Magi,_Artur, lk 20
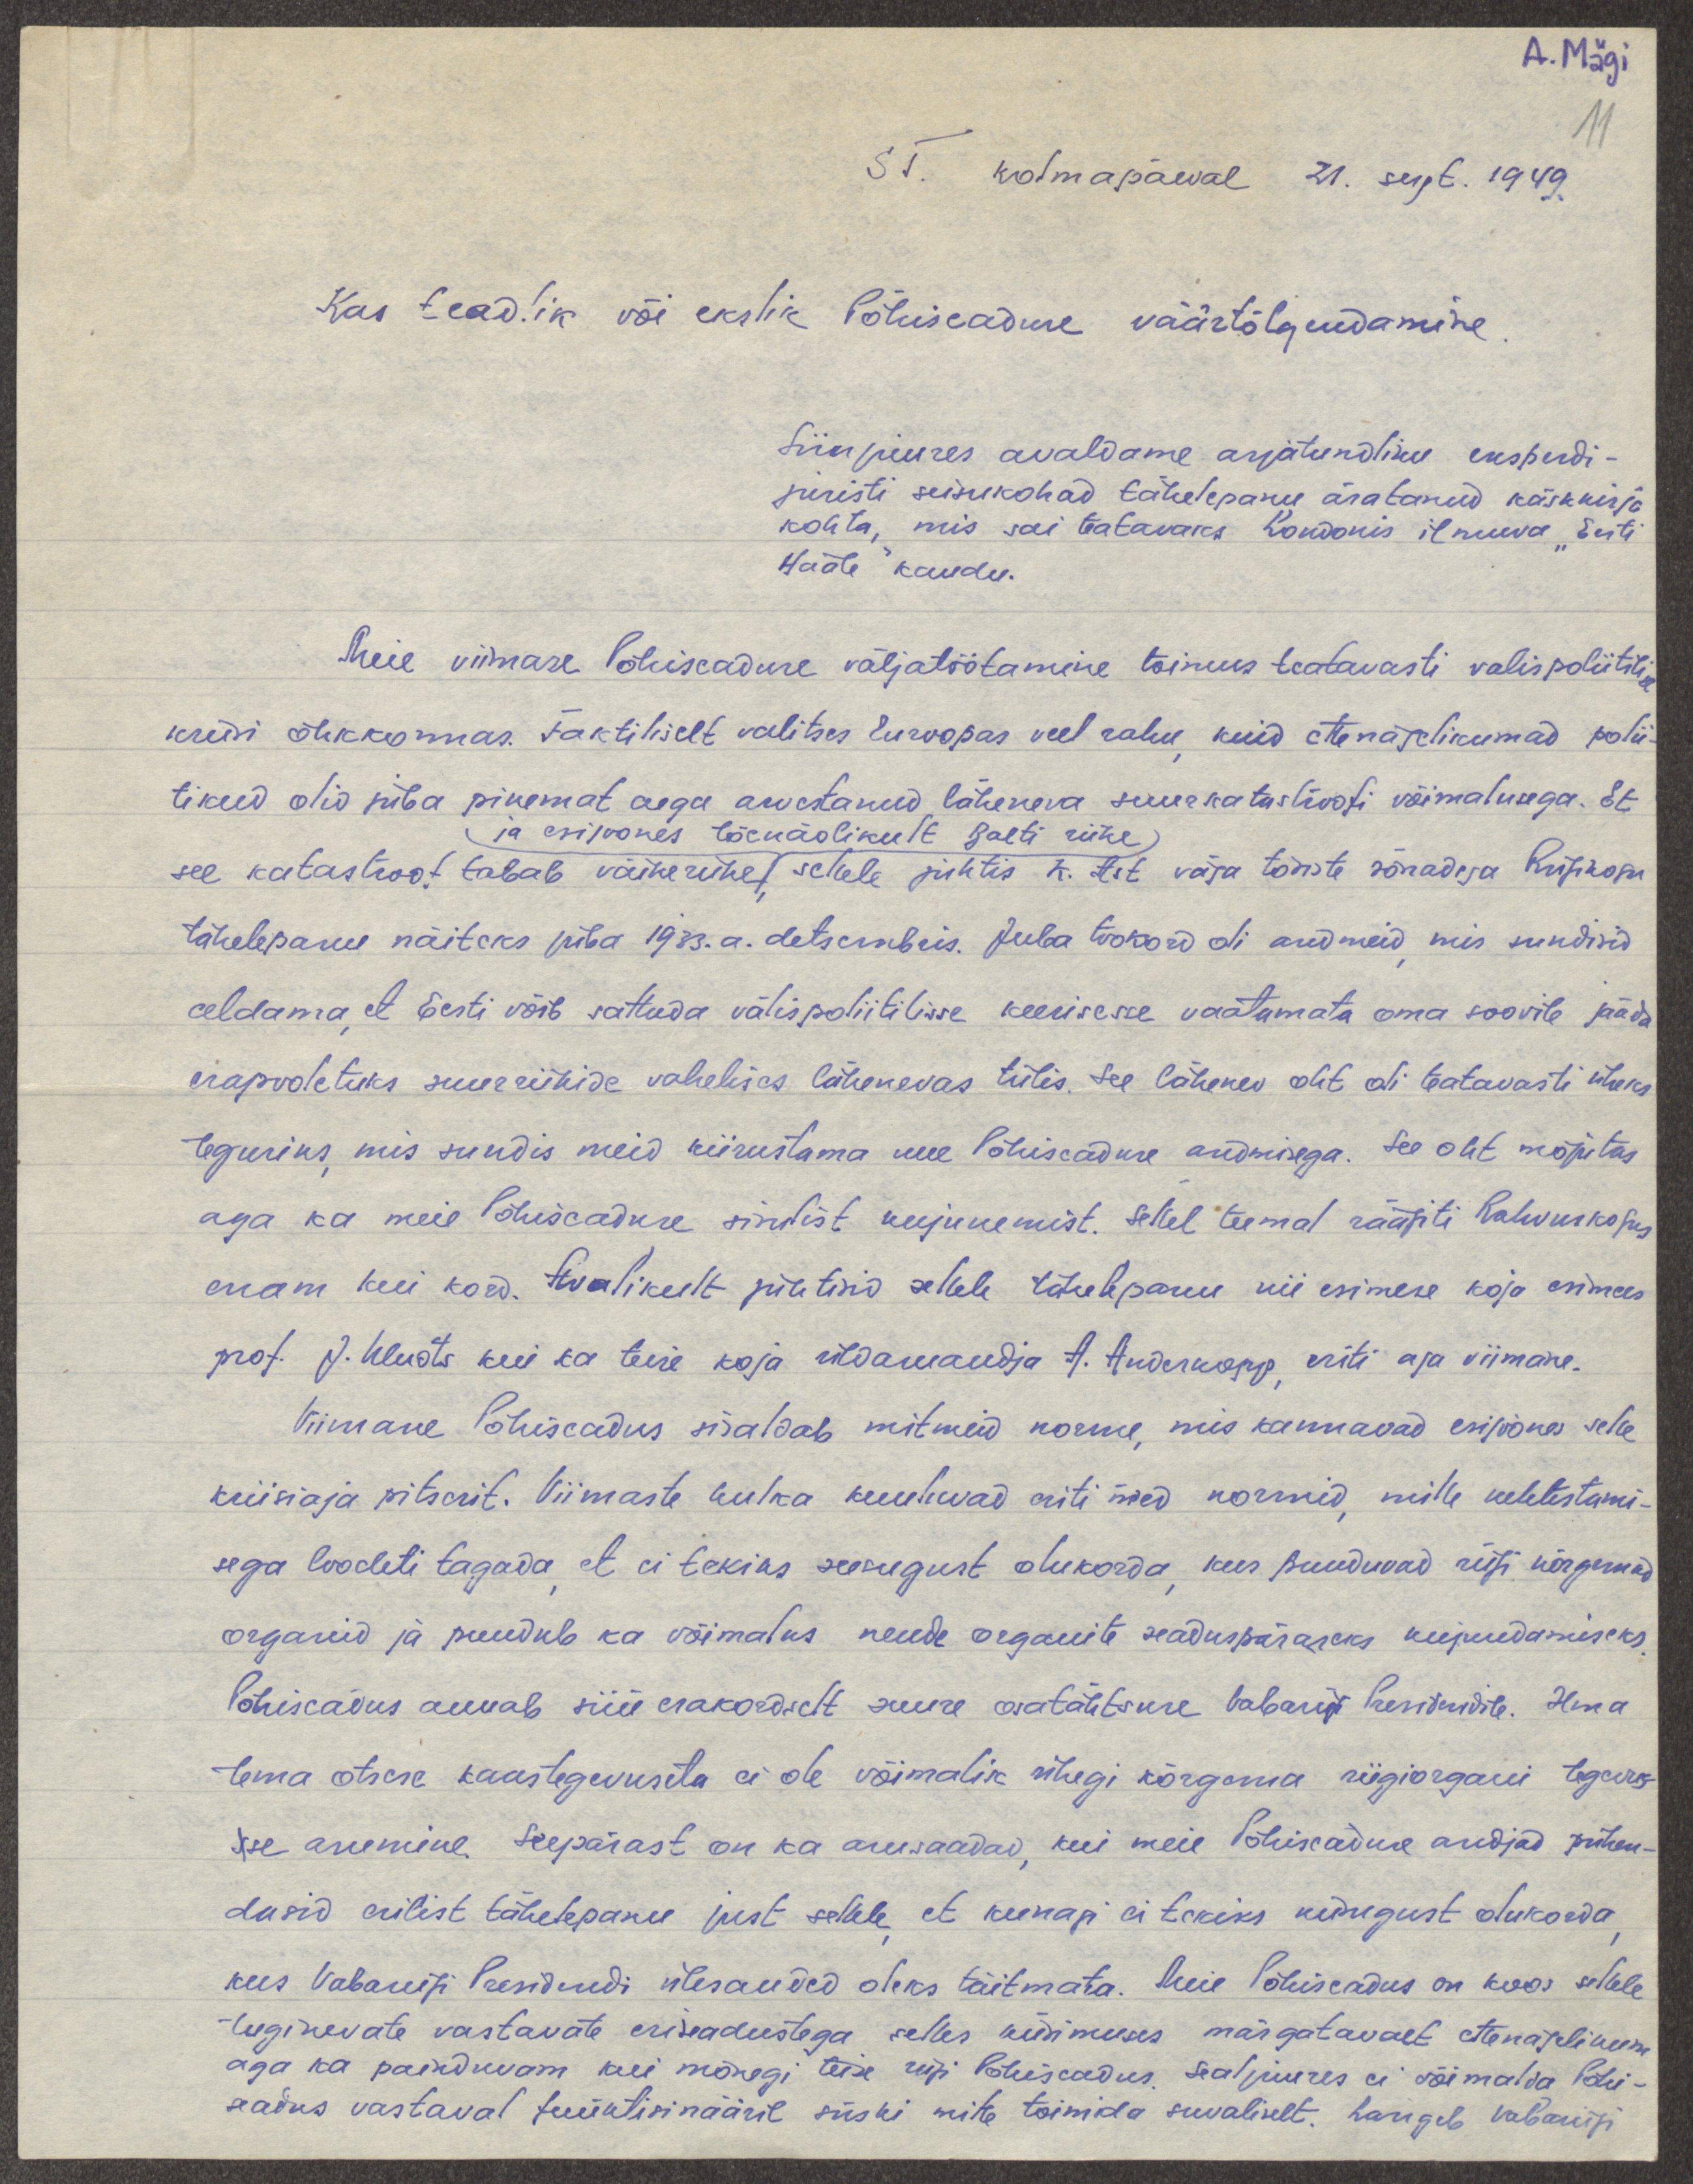
A. Mägi
11
ST. kolmapäeval 21. sept. 1949.
Kas teadlik või ekslik Põhiseaduse väärtõlgendamine.
Siinjuures avaldame asjatundliku eksperdi-
juristi seisukohad tähelepanu äratanud käskkirja
kohta, mis sai teatavaks Londonis ilmava "Eesti
Hääle" kaudu.
Meie viimase Põhiseaduse väljatöötamine toimus teatavasti valispoliitilise
kriisi õhkkonnas. Faktiliselt valitses Euroopas veel rahu, kuid ettenägelikumad polii-
tikud olid juba pikemat aega arvestanud läheneva suurkatastroofi võimalusega. Et
ja esijoones tõenäolikult Balti riike
see katastroof tabab väikeriike, sellele juhtis K. Ast väga tõsiste sõnadega Riigikogu
tähelepanu näiteks juba 1933.a. detsembris. Juba tookord oli andmeid, mis sundisid
eeldama, et Eesti võib sattuda välispoliitilisse keerisesse vaatamata oma soovile jääda
erapooletuks suurriikide vahelises lähenevas tülis. See lähenev oht oli teatavasti üheks
teguriks, mis sundis meid kiirustama uue Põhiseaduse andmisega. See oht mõjutas
aga ka meie Põhiseaduse sisulist kujunemist. Sellel teemal räägiti Rahvuskogus
enam kui kord. Avalikult juhtisid sellele tähelepanu nii esimese koja esimees
prof. J. Uluots kui ka teise koja üldaruandja A. Anderkopp, eriti aga viimane.
Viimane Põhiseadus sisaldab mitmeid norme, mis kannavad esijoones selle
kriisiaja pitserit. Viimaste hulka kuuluvad eriti need normid, mille kehtestami-
sega loodeti tagada, et ei tekiks seesugust olukorda, kus puuduvad riigi kõrgemad
organid ja puudub ka võimalus nende organite seaduspäraseks kujundamiseks.
Põhiseadus annab siin erakordselt suure osatähtsuse Vabariigi Presidendile. Ilma
tema otsese kaastegevuseta ei ole võimalik ühegi kõrgema riigiorgani tegevus-
sse asumine. Seepärast on ka arusaadav, kui meie Põhiseaduse andjad pühen-
dusid erilist tähelepanu just sellele, et kunagi ei tekiks  niisugust olukorda,
kus Vabariigi Presidendi ülesanded oleks täitmata. Meie Põhiseadus on koos sellele
tuginevate vastavate eriseadustega selles küsimuses märgatavalt ettenägelikum
aga ka painduvam kui mõnegi teise riigi Põhiseadus. Sealjuures ei võimalda Põhi-
seadus vastaval funktisinääril siiski mitte toimida suvaliselt. Langeb  Vabariigi